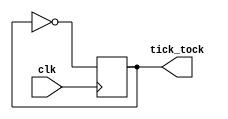
`timescale 1ns / 1ps
/******************************************************************* *
Module: RegFile.v
Project: Single Cycle RISC-V
Author: Kareem Alansary auckareemalansary@aucegypt.edu
Description:	Register File Module
Change history: 10/11/2019  Created module	(Kareem)
*
**********************************************************************/

module Moderator(
	input clk,
	output tick_tock);

reg x;

initial begin 
x = 0;
end

always @ (posedge(clk)) begin
x = ~x; // x = 1 clk 2 x = 0 clk 1
end

assign tick_tock = x;

endmodule